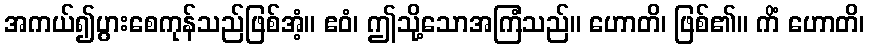
အကယ်၍ပွားစေကုန်သည်ဖြစ်အံ့။ ဧဝံ၊ ဤသို့သောအကြံသည်။ ဟောတိ၊ ဖြစ်၏။ ကိံ ဟောတိ၊